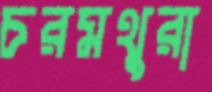
চরমথুরা